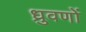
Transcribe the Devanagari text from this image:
ध्रुवणों